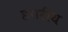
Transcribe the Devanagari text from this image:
हगरीय